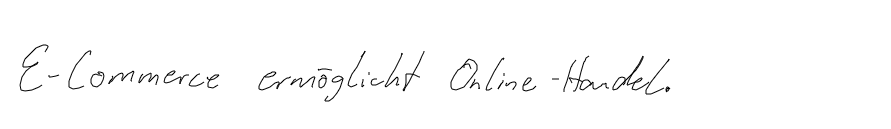
E-Commerce ermöglicht Online-Handel.